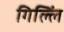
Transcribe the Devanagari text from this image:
गिल्लिं